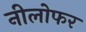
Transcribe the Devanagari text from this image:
नीलोफर